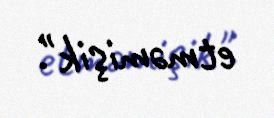
etməmişik".